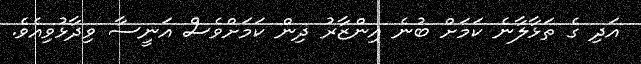
އަދި ގެ ތަޅާލާނެ ކަމަށް ބުނެ އިންޒާރު ދިން ކަމަށްވެސް އަނީސާ ވިދާޅުވިއެވެ.